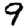
Digit: 9